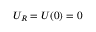
U _ { R } = U ( 0 ) = 0